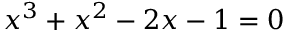
x ^ { 3 } + x ^ { 2 } - 2 x - 1 = 0